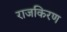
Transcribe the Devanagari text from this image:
राजकिरण